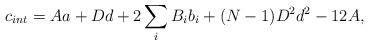
LaTeX: \begin{align*}c_{int} = Aa + Dd + 2\sum_{i}B_{i}b_{i} + (N-1)D^{2}d^{2} - 12A,\end{align*}